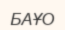
БАҰО